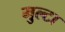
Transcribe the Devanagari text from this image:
मुल्टा